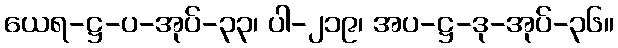
ယေရ-ဋ္ဌ-ပ-အုပ်-၃၃၊ ပါ-၂၁၉၊ အပ-ဋ္ဌ-ဒု-အုပ်-၃၆။